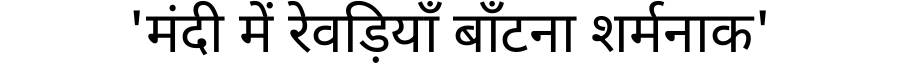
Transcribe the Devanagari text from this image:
'मंदी में रेवड़ियाँ बाँटना शर्मनाक'